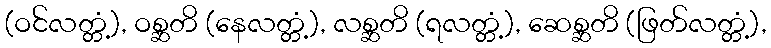
(ဝင်လတ္တံ့), ဝစ္ဆတိ (နေလတ္တံ့), လစ္ဆတိ (ရလတ္တံ့), ဆေစ္ဆတိ (ဖြတ်လတ္တံ့),